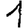
Digit: 1